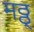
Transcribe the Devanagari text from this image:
मठ्ठ्